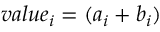
v a l u e _ { i } = ( a _ { i } + b _ { i } )